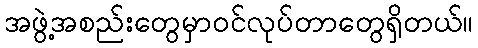
အဖွဲ့အစည်းတွေမှာဝင်လုပ်တာတွေရှိတယ်။